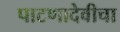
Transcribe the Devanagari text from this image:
पाटणादेवीचा